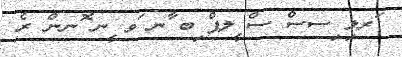
ަރލި ިސސް ސް ީލޕް ިބ ާނ ަވ ީނ ޮނން ރެ